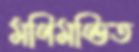
মণিমণ্ডিত